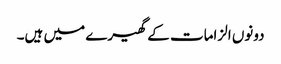
دونوں الزامات کے گھیرے میں ہیں۔